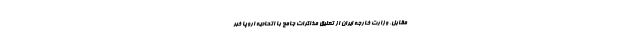
مقابل، وزارت خارجه ایران از تعلیق مذاکرات جامع با اتحادیه اروپا خبر